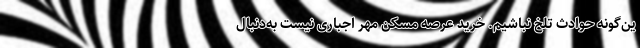
ین‌گونه حوادث تلخ نباشیم. خرید عرصه مسکن مهر اجباری نیست به‌دنبال